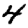
Digit: 4